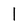
Character: I